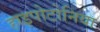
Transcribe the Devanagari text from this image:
हाइपोटोनिया